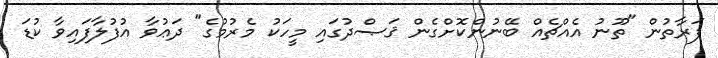
ފަރާތުން "ތޫނު އެއްޗެއް ބޭނުންކޮށްގެން ޤަޞްދުގައި މީހަކު މެރުމުގެ" ދަޢުވާ އުފުލާފައިވާ ކުޑަ